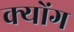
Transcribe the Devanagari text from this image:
क्योंग